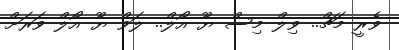
ވެރީ މަޗް.. ވިލް މިސް ޔޫ އޯލް.. ލަވް ޔޫ އޯލް ވަރަށް